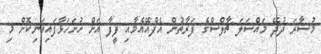
މުސާރަ ދުދޭ މައްސަލަ ޗާލްސްގެ ފަރާތުން އެފްއޭއެމާއި ފީފާ އަށް ހުށަހަޅާފައިވަނިކޮށް މި